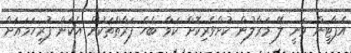
އެޕާޓީން ވަނީ ލޭ މަރާލުން ކުށްވެރިކޮށް ކަމާ ބެހެ ފަރާތްތަކުން އެކަން ފުރިހަމައަށް